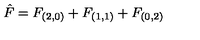
{ \hat { F } } = F _ { ( 2 , 0 ) } + F _ { ( 1 , 1 ) } + F _ { ( 0 , 2 ) }